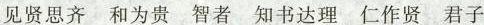
见贤思齐 和为贵 智者 知书达理 仁作贤 君子